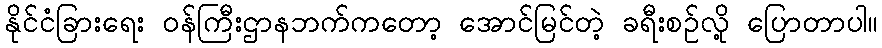
နိုင်ငံခြားရေး ဝန်ကြီးဌာနဘက်ကတော့ အောင်မြင်တဲ့ ခရီးစဉ်လို့ ပြောတာပါ။